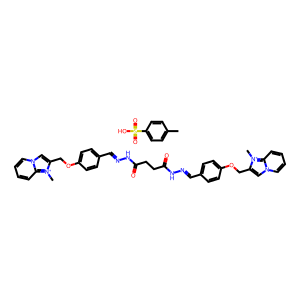
SMILES: C[n+]1c(COc2ccc(C=NNC(=O)CCC(=O)NN=Cc3ccc(OCc4cn5ccccc5[n+]4C)cc3)cc2)cn2ccccc21.Cc1ccc(S(=O)(=O)O)cc1
Inhibits HIV replication: Yes